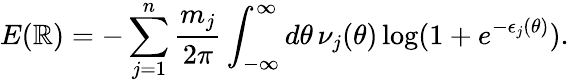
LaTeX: E(\mathbb{R})=-\sum_{j=1}^{n}\frac{{m_{j}}}{{2\pi}}\int_{-\infty}^{\infty}d\theta\, \nu_{j}(\theta)\log(1+e^{-\epsilon_{j}(\theta)}).